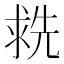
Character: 𬇶